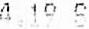
4.19 S